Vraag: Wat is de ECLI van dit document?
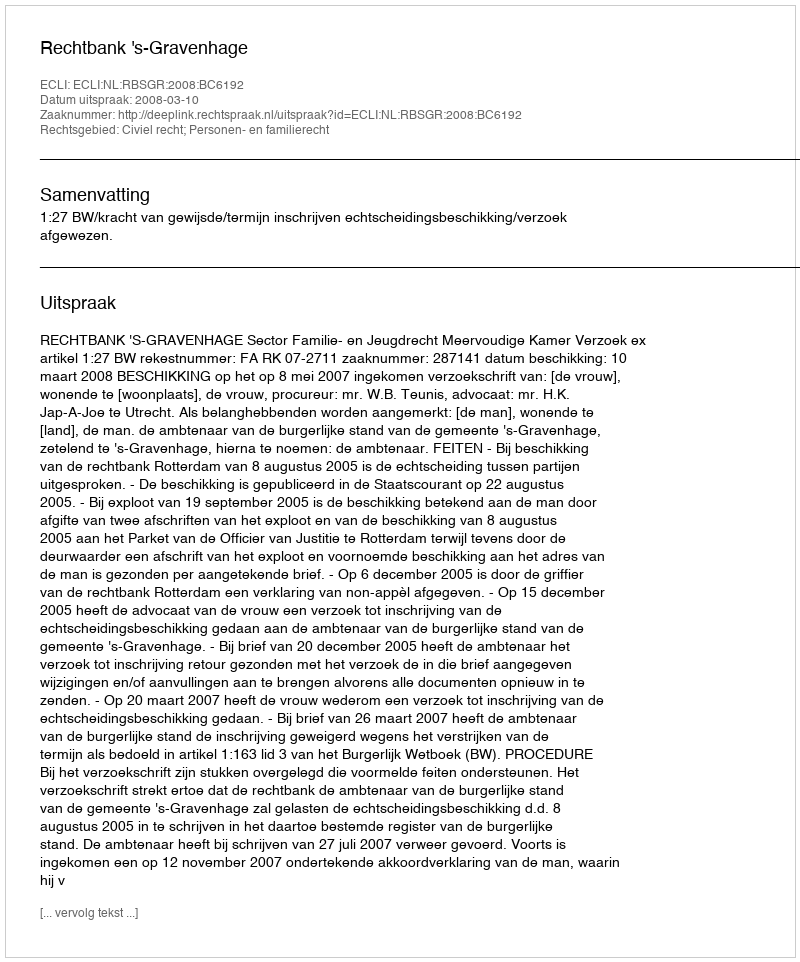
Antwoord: ECLI:NL:RBSGR:2008:BC6192